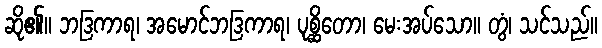
ဆို၏။ ဘဒြကာရ၊ အမောင်ဘဒြကာရ၊ ပုစ္ဆိတော၊ မေးအပ်သော။ တွံ၊ သင်သည်။